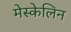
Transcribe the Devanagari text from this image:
मेस्केलिन